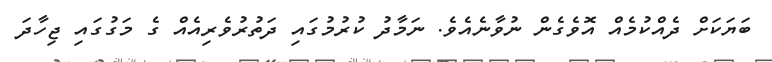
ބަޔަކަށް ދެއްކުމެއް އޮވެގެން ނުވާނެއެވެ. ނަމާދު ކުރުމުގައި ދަތުރުވެރިއެއް ގެ މަގުގައި ޖިހާދަ